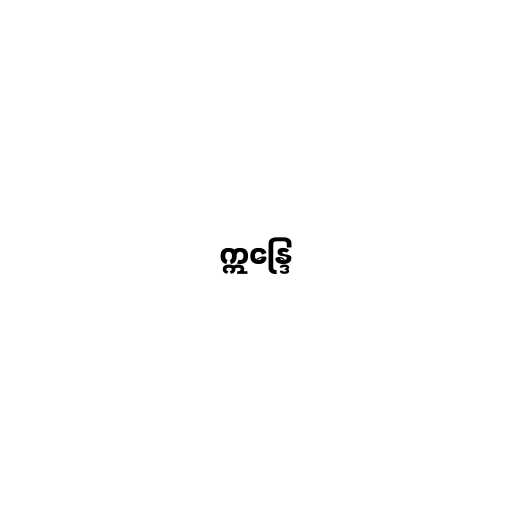
ဣန္ဒြေ